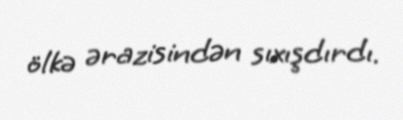
ölkə ərazisindən sıxışdırdı.